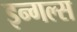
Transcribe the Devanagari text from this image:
इन्गल्स